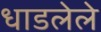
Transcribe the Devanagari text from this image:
धाडलेले